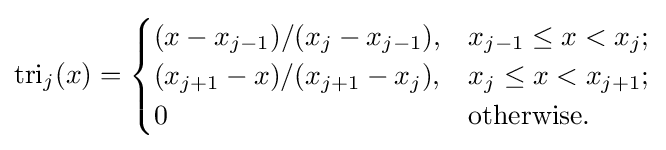
\operatorname {tri} _{j}(x)={\begin{cases}(x-x_{j-1})/(x_{j}-x_{j-1}),&x_{j-1}\leq x<x_{j};\\(x_{j+1}-x)/(x_{j+1}-x_{j}),&x_{j}\leq x<x_{j+1};\\0&{\text{otherwise}}.\end{cases}}